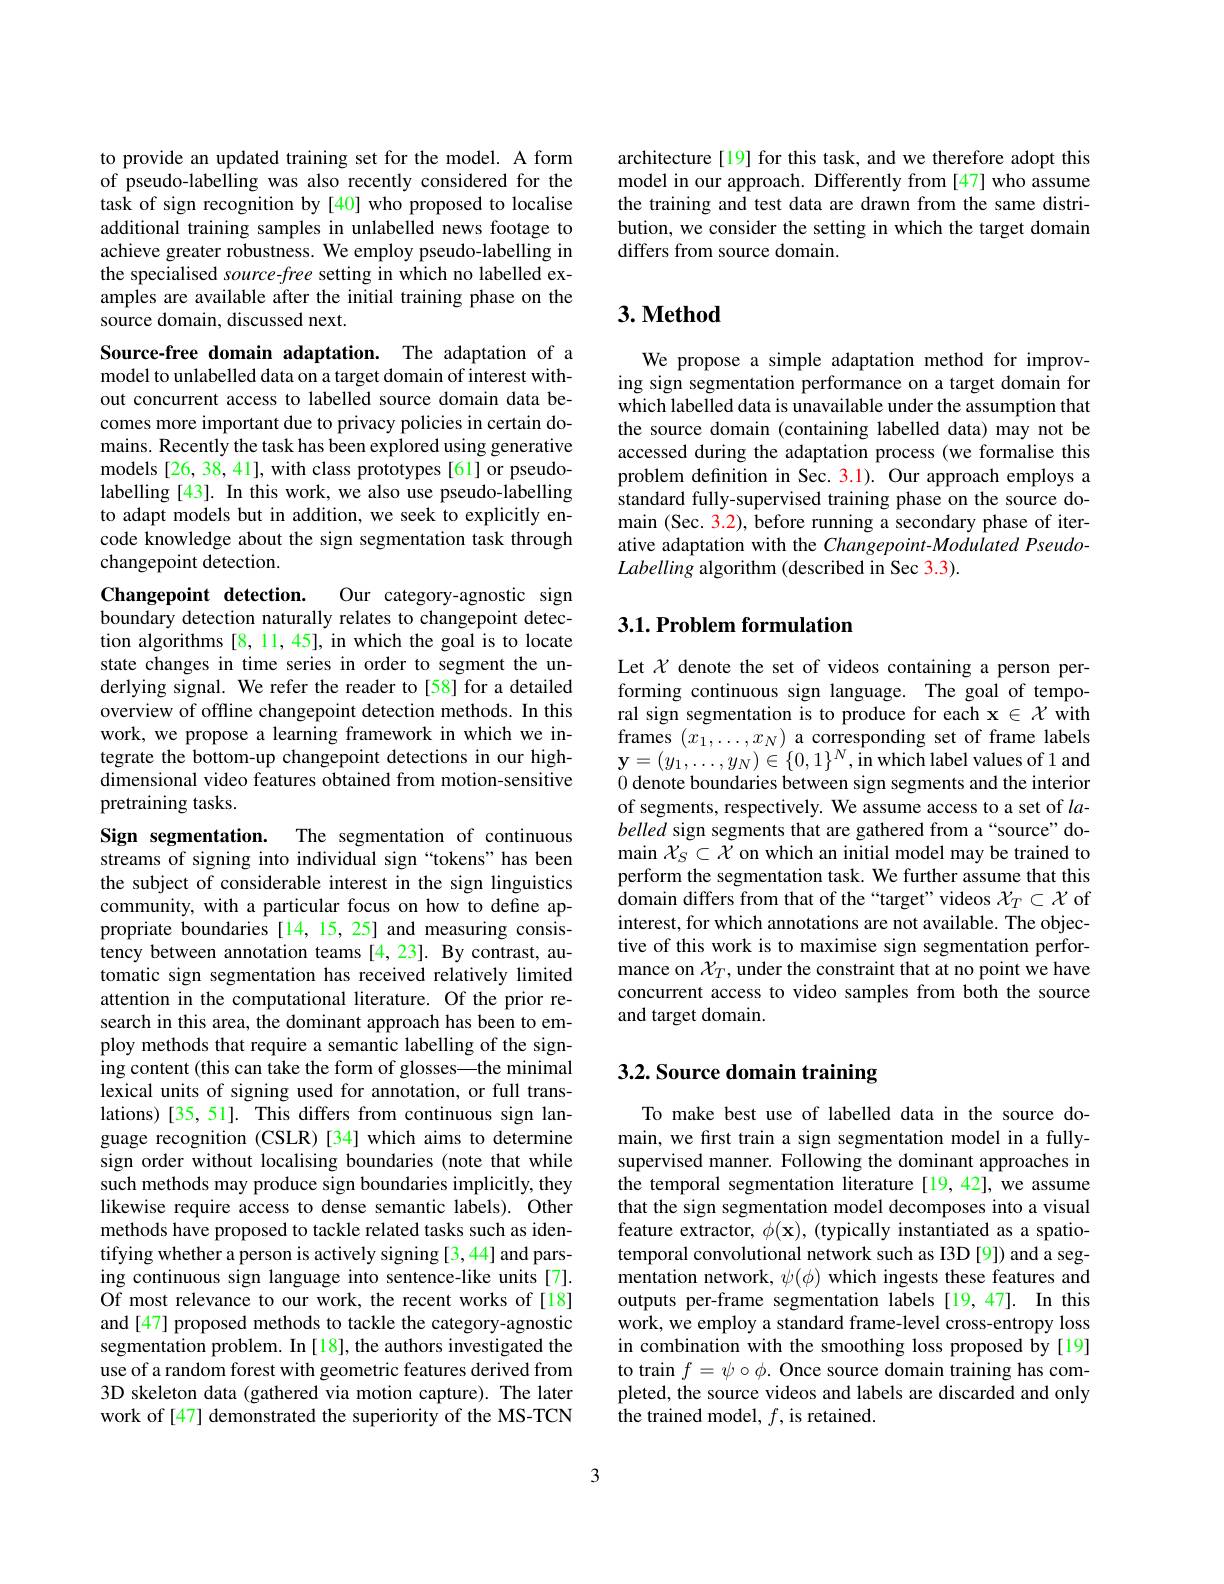
to provide an updated training set for the model. A form of pseudo-labelling was also recently considered for the task of sign recognition by [40] who proposed to localise additional training samples in unlabelled news footage to achieve greater robustness. We employ pseudo-labelling in the specialised source-free setting in which no labelled examples are available after the initial training phase on the source domain, discussed next.

Source-free domain adaptation. The adaptation of a model to unlabelled data on a target domain of interest without concurrent access to labelled source domain data becomes more important due to privacy policies in certain domains. Recently the task has been explored using generative models [26, 38, 41], with class prototypes [61] or pseudolabelling [43]. In this work, we also use pseudo-labelling to adapt models but in addition, we seek to explicitly encode knowledge about the sign segmentation task through changepoint detection.

Changepoint detection.
Our category-agnostic sign
boundary detection naturally relates to changepoint detection algorithms [8,11,45], in which the goal is to locate state changes in time series in order to segment the underlying signal. We refer the reader to[58] for a detailed overview of offline changepoint detection methods. In this work, we propose a learning framework in which we integrate the bottom-up changepoint detections in our highdimensional video features obtained from motion-sensitive pretraining tasks.

Sign segmentation. The segmentation of continuous streams of signing into individual sign“tokens”has been the subject of considerable interest in the sign linguistics community, with a particular focus on how to define appropriate boundaries [14,15,25] and measuring consistency between annotation teams [4,23]. By contrast, automatic sign segmentation has received relatively limited attention in the computational literature. Of the prior research in this area, the dominant approach has been to employ methods that require a semantic labelling of the signing content (this can take the form of glosses—the minimal lexical units of signing used for annotation, or full translations)[35, 51]. This differs from continuous sign language recognition (CSLR)[34] which aims to determine sign order without localising boundaries (note that while such methods may produce sign boundaries implicitly, they likewise require access to dense semantic labels). Other methods have proposed to tackle related tasks such as identifying whether a person is actively signing [3,44] and parsing continuous sign language into sentence-like units[7]. Of most relevance to our work, the recent works of[18] and [47] proposed methods to tackle the category-agnostic segmentation problem. In [18], the authors investigated the use of a random forest with geometric features derived from 3D skeleton data (gathered via motion capture). The later work of[47] demonstrated the superiority of the MS-TCN

architecture[19] for this task, and we therefore adopt this model in our approach. Differently from [47] who assume the training and test data are drawn from the same distribution, we consider the setting in which the target domain differs from source domain.

## $3. \textbf{Method}$

We propose a simple adaptation method for improving sign segmentation performance on a target domain for which labelled data is unavailable under the assumption that the source domain (containing labelled data) may not be accessed during the adaptation process (we formalise this problem definition in Sec. 3.1). Our approach employs a standard fully-supervised training phase on the source domain (Sec. 3.2), before running a secondary phase of iterative adaptation with the Changepoint-Modulated PseudoLabelling algorithm (described in Sec 3.3).

## $3. 1. \textbf{Problem formulation}$

Let $\chi$ denote the set of videos containing a person performing continuous sign language. The goal of temporal sign segmentation is to produce for each $\mathbf{x}\in\mathcal{X}$ with frames $(x_1,\ldots,x_N)$ a corresponding set of frame labels $\mathbf{y}=(y_{1},\ldots,y_{N})\in\{0,1\}^{N}$,in which label values of 1 and 0 denote boundaries between sign segments and the interior of segments, respectively. We assume access to a set of $la$- belled sign segments that are gathered from a“source” domain $\mathcal{X}_S\subset\mathcal{X}$ on which an initial model may be trained to perform the segmentation task. We further assume that this domain differs from that of the “target”videos $\mathcal{X}_T\subset\mathcal{X}$ of interest, for which annotations are not available. The objective of this work is to maximise sign segmentation performance on $\chi_T$, under the constraint that at no point we have concurrent access to video samples from both the source and target domain.

# 3.2. Source domain training

To make best use of labelled data in the source domain, we fırst train a sign segmentation model in a fullysupervised manner. Following the dominant approaches in the temporal segmentation literature [19,42],we assume that the sign segmentation model decomposes into a visual feature extractor, $\phi(\mathbf{x})$, (typically instantiated as a spatiotemporal convolutional network such as I3D [9]) and a segmentation network, $\psi(\phi)$ which ingests these features and outputs per-frame segmentation labels [19,47]. In this work, we employ a standard frame-level cross-entropy loss in combination with the smoothing loss proposed by[19] to train $f=\psi\circ\phi.$ Once source domain training has completed, the source videos and labels are discarded and only the trained model, $f$, is retained.

3